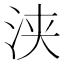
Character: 浃